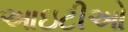
આઇટીઓ